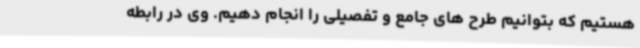
هستیم که بتوانیم طرح های جامع و تفصیلی را انجام دهیم. وی در رابطه